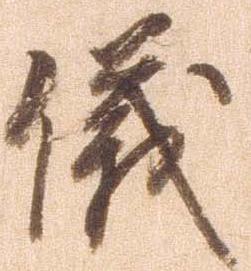
儀